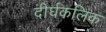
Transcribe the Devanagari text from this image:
दीर्घकलिक